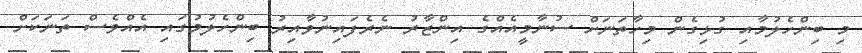
މި ބިންހެލުމާއި ގުޅިގެން މިހާތަނަށް ސުނާމީއެއްގެ އިންޒާރު ނެރެފައިނުވާއިރު ބިންހެލުމުގައި އެއްވެސް ތަނަކަށް